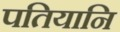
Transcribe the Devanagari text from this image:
पतियानि